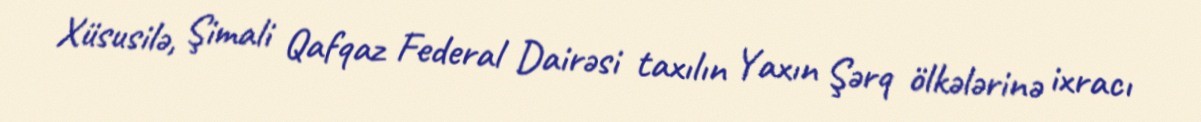
Xüsusilə, Şimali Qafqaz Federal Dairəsi taxılın Yaxın Şərq ölkələrinə ixracı